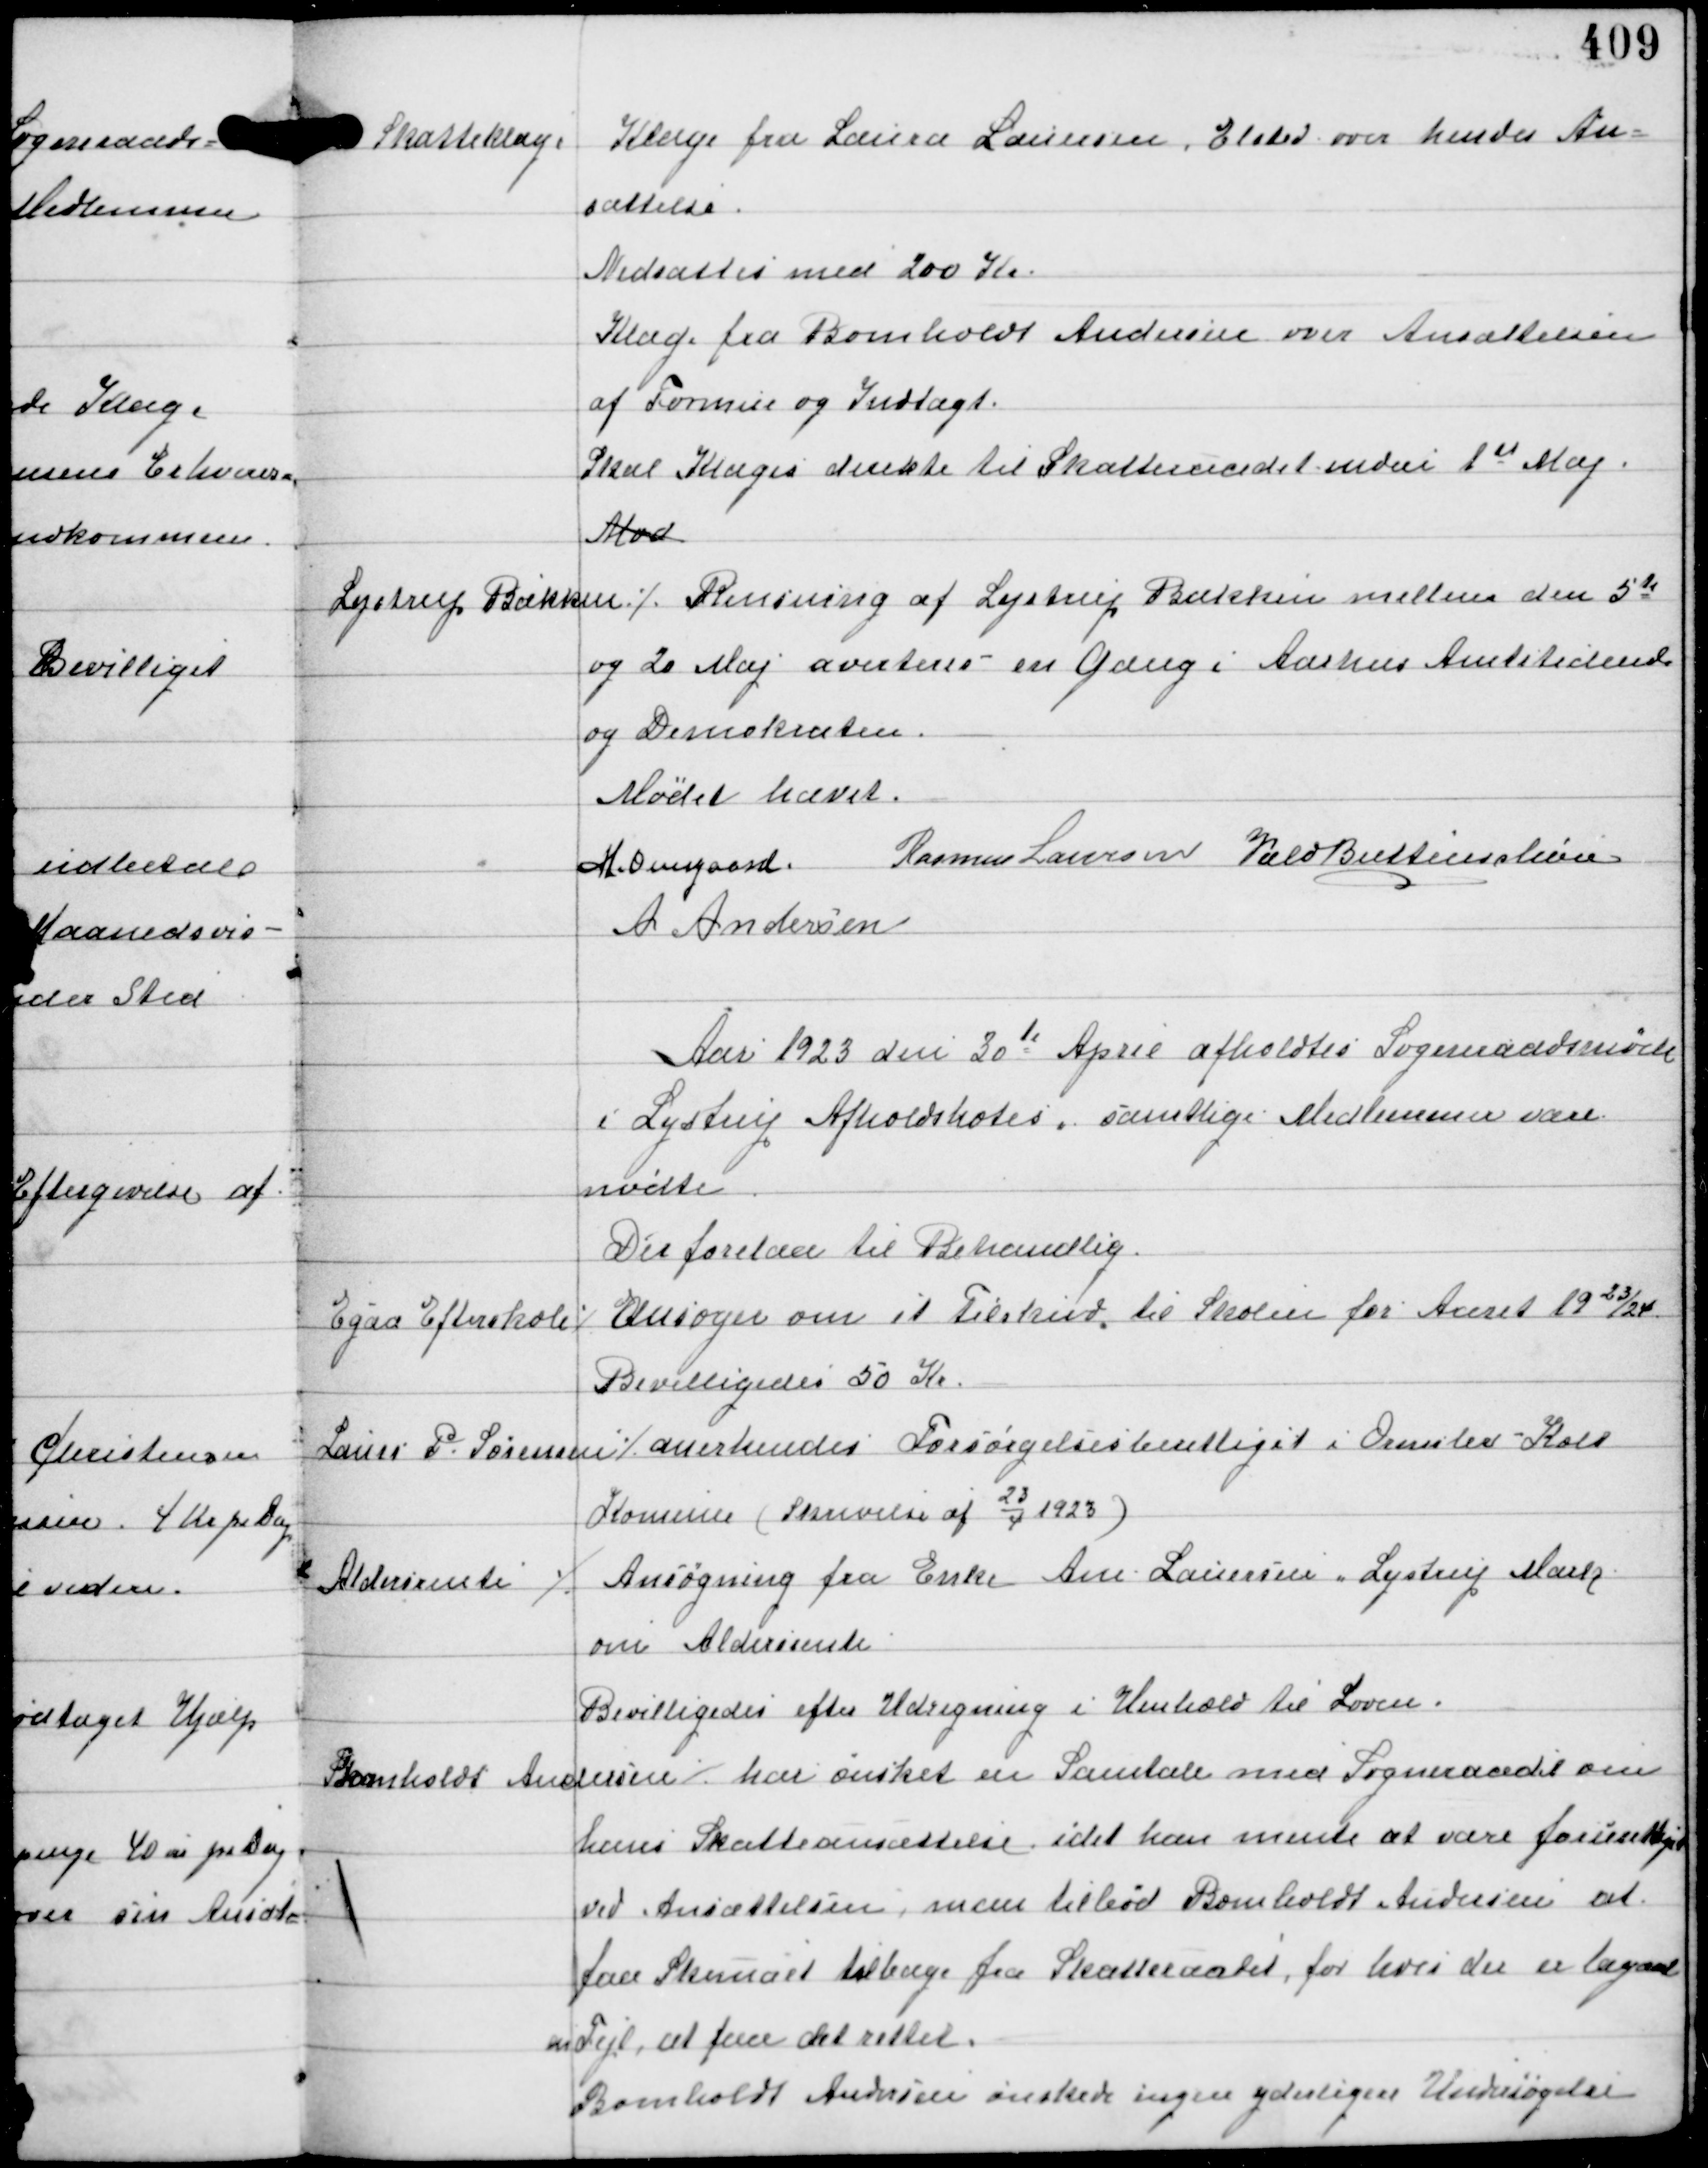
Transskription:
Skatteklage

Klage fra Laura Laursen, Elsted over hendes An-
sættelse.
Nedsættes med 200 Kr
Klage fra Bomholdt Andersen over Ansættelsen
af Formue og Indtægt.
Skal Klages direkte til Skatteraadet inden 1st Maj
Mod

Lystrup Bækken ⁒

Rensning af Lystrup Bækken mellem den 5te
og 20 Maj averteres en gang i Aarhus Amtstidende
og Demokraten.

Mødet hævet
H. Overgaard Rasmus Laursen Vald Buttenschøn
A Andersen

Aar 1923 den 30te April afholdtes Sogneraadsmøde
i Lystrup Afholdshotel, samtlige Medlemmer vare
mødte
Der forelaa til Behandling.

Egaa Efterskole ⁒

Ansøger om et Tilskud til Skolen for Aaret 1923/24
Bevilligedes 50 Kr.

Laun P. Sørensen

⁒ anerkendes Forsørgelsesberettiget i Omslev-Kolt
Komune (Skrivelse af
23
4
1923)

Aldersrente

⁒ Ansøgning fra Enke Ane Lauersen, Lystrup Mark
om Aldersrente
Bevilligedes efter Udregning i Henhold til Loven.

Bomholdt Andersen ⁒

har ønsket en Samtale med Sogneraadet om

hans Ansættelse idet han mente at være forurettet
ved ansættelsen, man tilbød Bomholdt Andersen at
faa Skemaet tilbage fra Skatteraadet, for hvis der er layed
en Fejl at faa det rettet.
Bomholdt Andersen ønskede ingen yderligere Undersøgelse